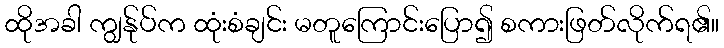
ထိုအခါ ကျွန်ုပ်က ထုံးစံချင်း မတူကြောင်းပြော၍ စကားဖြတ်လိုက်ရ၏။